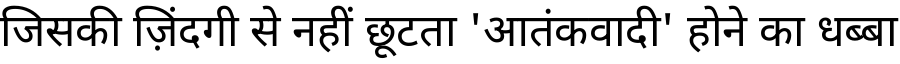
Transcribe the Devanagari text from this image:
जिसकी ज़िंदगी से नहीं छूटता 'आतंकवादी' होने का धब्बा